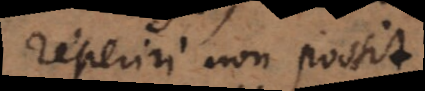
reperiri non possit.